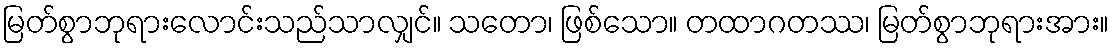
မြတ်စွာဘုရားလောင်းသည်သာလျှင်။ သတော၊ ဖြစ်သော။ တထာဂတဿ၊ မြတ်စွာဘုရားအား။